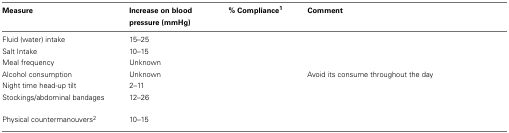
<table><thead><tr><td><b>Measure</b></td><td><b>Increase on blood pressure (mmHg)</b></td><td><b>% Compliance<sup>1</sup></b></td><td><b>Comment</b></td></tr></thead><tbody><tr><td>Fluid (water) intake</td><td>15–25</td><td>[EMPTY_CELL]</td><td>[EMPTY_CELL]</td></tr><tr><td>Salt Intake</td><td>10–15</td><td>[EMPTY_CELL]</td><td>[EMPTY_CELL]</td></tr><tr><td>Meal frequency</td><td>Unknown</td><td>[EMPTY_CELL]</td><td>[EMPTY_CELL]</td></tr><tr><td>Alcohol consumption</td><td>Unknown</td><td>[EMPTY_CELL]</td><td>Avoid its consume throughout the day</td></tr><tr><td>Night time head-up tilt</td><td>2–11</td><td>[EMPTY_CELL]</td><td>[EMPTY_CELL]</td></tr><tr><td>Stockings/abdominal bandages</td><td>12–26</td><td>[EMPTY_CELL]</td><td>[EMPTY_CELL]</td></tr><tr><td>Physical countermanouvers<sup>2</sup></td><td>10–15</td><td>[EMPTY_CELL]</td><td>[EMPTY_CELL]</td></tr></tbody></table>